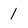
Character: 1